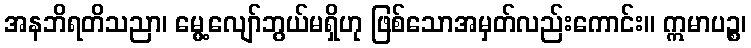
အနဘိရတိသညာ၊ မွေ့လျော်ဘွယ်မရှိဟု ဖြစ်သောအမှတ်လည်းကောင်း။ ဣမာပဉ္စ၊